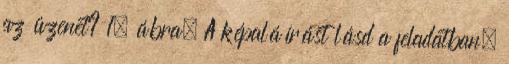
az üzenet? 1. ábra. A képaláírást lásd a feladatban.